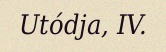
Utódja, IV.